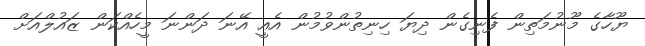
ޔޫހާގެ މޫނުމަތިން ފެނިގެން ދިޔަ ހިނިތުންވުމުން އެއީ އޭނަ ދަންނަ މީހެއްކަން ޒައުލްއަށް